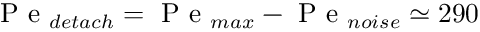
\mathrm { ~ P ~ e ~ } _ { d e t a c h } = \mathrm { ~ P ~ e ~ } _ { m a x } - \mathrm { ~ P ~ e ~ } _ { n o i s e } \simeq 2 9 0